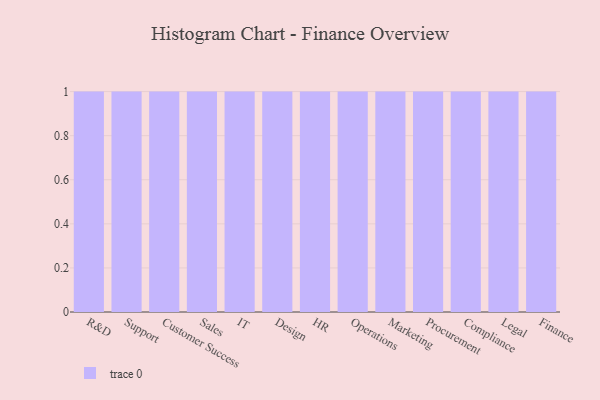
{"axis": {"x": "Department", "y": "Energy Usage (MWh)"}, "legend": [""], "data": [{"x": "R&D", "y": 39, "type": ""}, {"x": "Support", "y": 70, "type": ""}, {"x": "Customer Success", "y": 12, "type": ""}, {"x": "Sales", "y": 45, "type": ""}, {"x": "IT", "y": 59, "type": ""}, {"x": "Design", "y": 64, "type": ""}, {"x": "HR", "y": 47, "type": ""}, {"x": "Operations", "y": 70, "type": ""}, {"x": "Marketing", "y": 4, "type": ""}, {"x": "Procurement", "y": 44, "type": ""}, {"x": "Compliance", "y": 28, "type": ""}, {"x": "Legal", "y": 2, "type": ""}, {"x": "Finance", "y": 92, "type": ""}]}